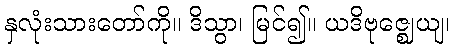
နှလုံးသားတော်ကို။ ဒိသွာ၊ မြင်၍။ ယဒိဗုဇ္ဈေယျ၊